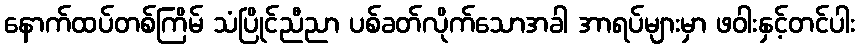
နောက်ထပ်တစ်ကြိမ် သံပြိုင်ညီညာ ပစ်ခတ်လိုက်သောအခါ အာရပ်များမှာ ဖဝါးနှင့်တင်ပါး